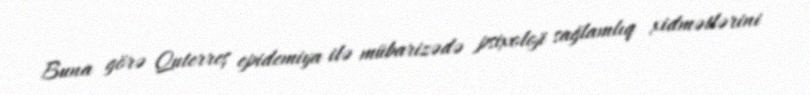
Buna görə Quterreş epidemiya ilə mübarizədə psixoloji sağlamlıq xidmətlərini